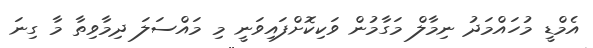
އެމްޑީ މުހައްމަދު ނިމާލް މަގާމުން ވަކިކޮށްފައިވަނީ މި މައްސަލަ ދިމާވިތާ މާ ގިނަ